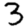
Digit: 3